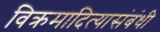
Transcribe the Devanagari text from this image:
विक्रमादित्यासंबंधी